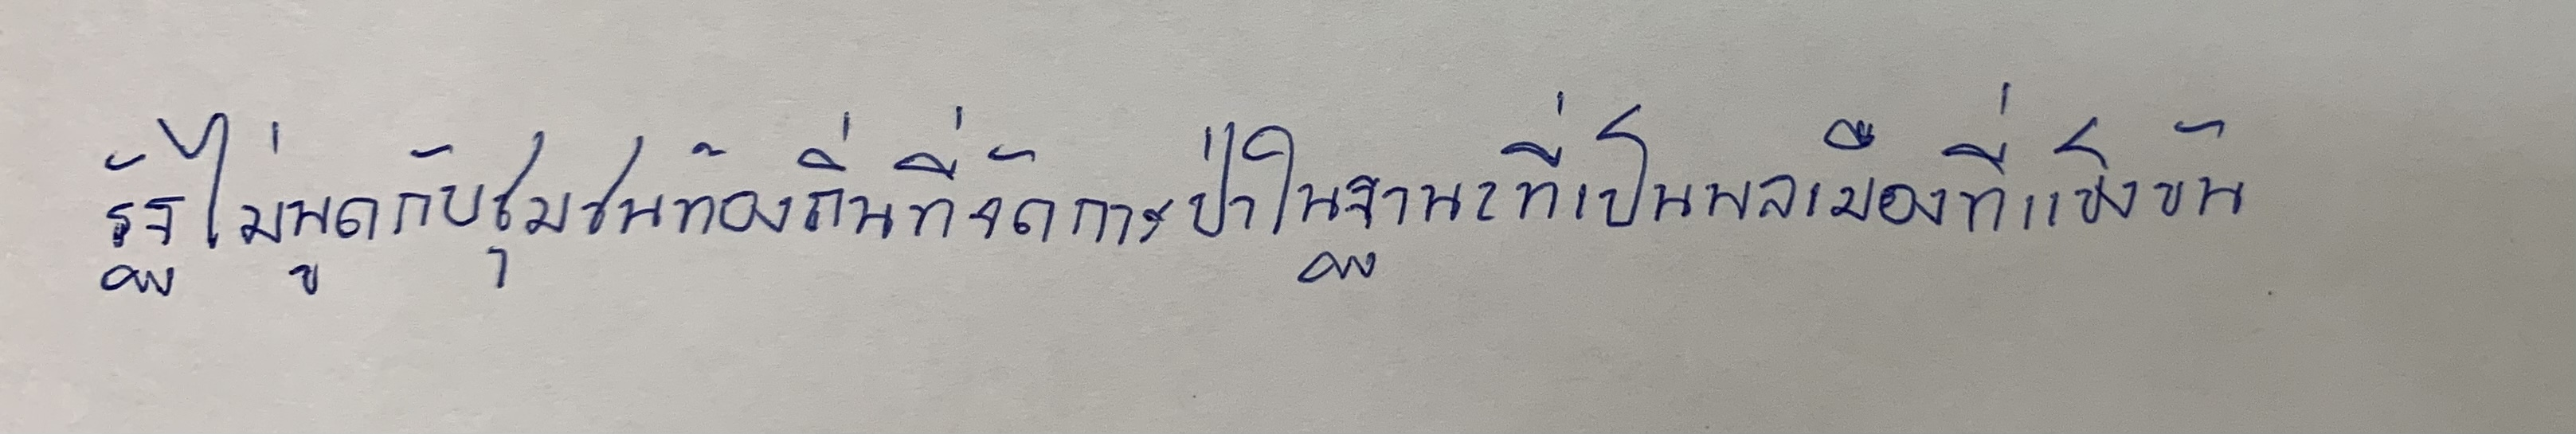
รัฐไม่พูดกับชุมชนท้องถิ่นที่จัดการป่าในฐานะที่เป็นพลเมืองที่แข็งขัน